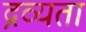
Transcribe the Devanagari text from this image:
द्रव्यता